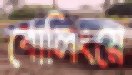
বোলিংয়ে